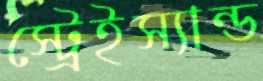
স্ট্রেইস্যান্ড